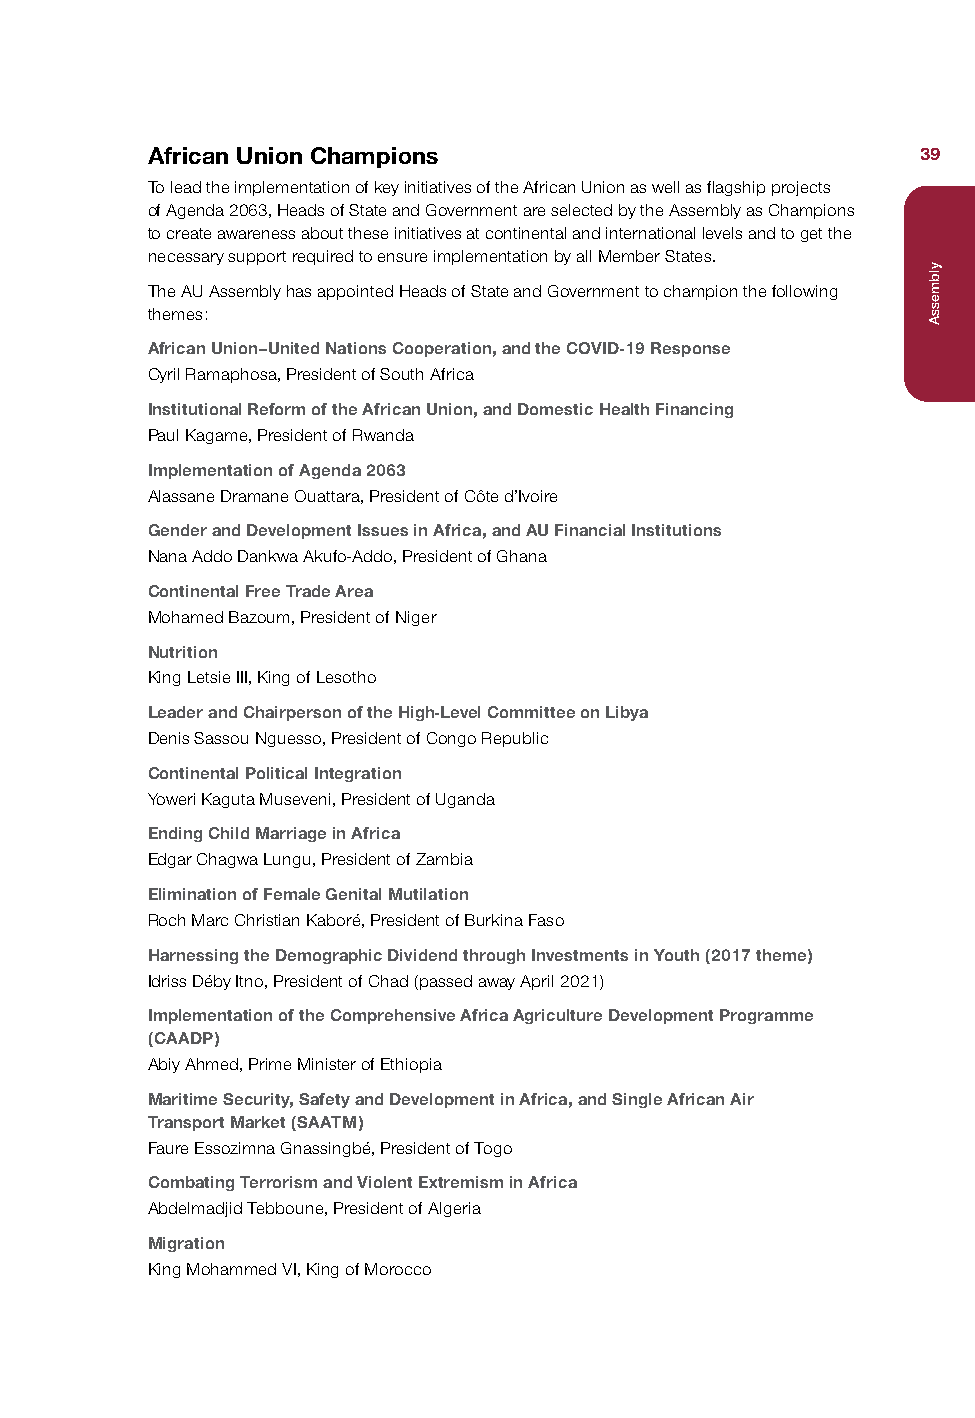
African Union Champions                            39
 To lead the implementation of key initiatives of the African Union as well as flagship projects
 of Agenda 2063, Heads of State and Government are selected by the Assembly as Champions
 to create awareness about these initiatives at continental and international levels and to get the
 necessary support required to ensure implementation by all Member States.
 The AU Assembly has appointed Heads of State and Government to champion the following
 themes:
 African Union–United Nations Cooperation, and the COVID-19 Response
 Cyril Ramaphosa, President of South Africa
 Institutional Reform of the African Union, and Domestic Health Financing
 Paul Kagame, President of Rwanda
 Implementation of Agenda 2063
 Alassane Dramane Ouattara, President of Côte d’Ivoire
 Gender and Development Issues in Africa, and AU Financial Institutions
 Nana Addo Dankwa Akufo-Addo, President of Ghana
 Continental Free Trade Area
 Mohamed Bazoum, President of Niger
 Nutrition
 King Letsie III, King of Lesotho
 Leader and Chairperson of the High-Level Committee on Libya
 Denis Sassou Nguesso, President of Congo Republic
 Continental Political Integration
 Yoweri Kaguta Museveni, President of Uganda
 Ending Child Marriage in Africa
 Edgar Chagwa Lungu, President of Zambia
 Elimination of Female Genital Mutilation
 Roch Marc Christian Kaboré, President of Burkina Faso
 Harnessing the Demographic Dividend through Investments in Youth (2017 theme)
 Idriss Déby Itno, President of Chad (passed away April 2021)
 Implementation of the Comprehensive Africa Agriculture Development Programme
 (CAADP)
 Abiy Ahmed, Prime Minister of Ethiopia
 Maritime Security, Safety and Development in Africa, and Single African Air
 Transport Market (SAATM)
 Faure Essozimna Gnassingbé, President of Togo
 Combating Terrorism and Violent Extremism in Africa
 Abdelmadjid Tebboune, President of Algeria
 Migration
 King Mohammed VI, King of Morocco
 ylbmessA